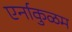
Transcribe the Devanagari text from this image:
एर्नाकुळम